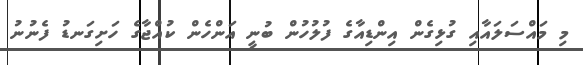
މި މައްސަލައާއި ގުޅިގެން އިންޑިއާގެ ފުލުހުން ބުނީ އަންހެން ކުއްޖާގެ ހަށިގަނޑު ފެނުނު